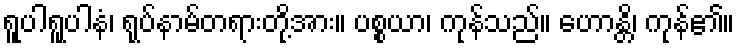
ရူပါရူပါနံ၊ ရုပ်နာမ်တရားတို့အား။ ပစ္စယာ၊ ကုန်သည်။ ဟောန္တိ၊ ကုန်၏။